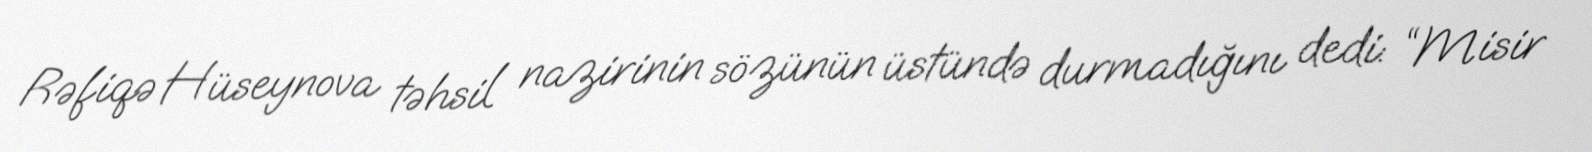
Rəfiqə Hüseynova təhsil nazirinin sözünün üstündə durmadığını dedi: “Misir